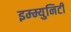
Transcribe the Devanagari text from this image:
इम्म्युनिटी